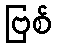
ဗြစ်